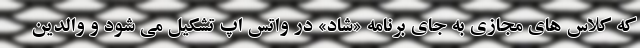
که کلاس های مجازی به جای برنامه «شاد» در واتس اپ تشکیل می شود و والدین